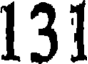
131